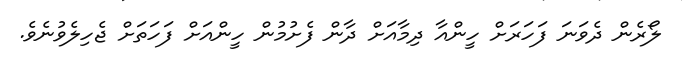
ލޯރެން ދެވަނަ ފަހަރަށް ހީންއާ ދިމާއަށް ދާން ފެށުމުން ހީންއަށް ފަހަތަށް ޖެހިލެވުނެވެ.